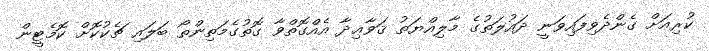
ކުރިއަށް ގެންދެވިފައިވަނީ ދައުލަތުގެ މާލިއްޔަތު ޤަވާޢިދާ އެއްގޮތްވާ ގޮތުގެމަތިންތޯ ބަލައި ޗެކުކޮށް ކޮމެޓީން